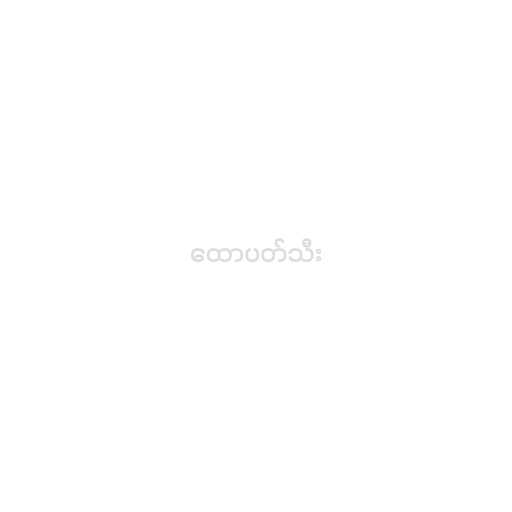
ထောပတ်သီး